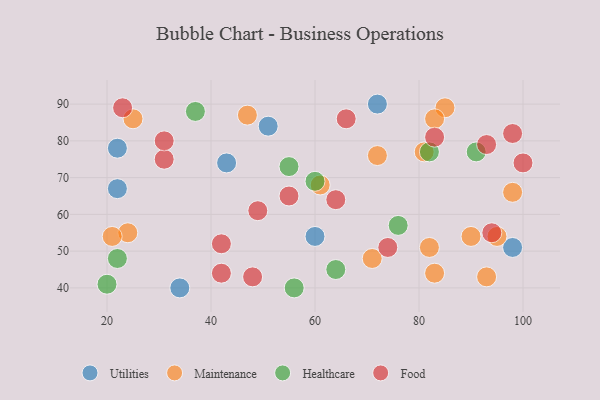
{"axis": {"x": "GDP", "y": "Life Expectancy"}, "legend": ["Food", "Healthcare", "Maintenance", "Utilities"], "data": [{"x": "98", "y": 51, "type": "Utilities"}, {"x": "51", "y": 84, "type": "Utilities"}, {"x": "43", "y": 74, "type": "Utilities"}, {"x": "72", "y": 90, "type": "Utilities"}, {"x": "22", "y": 67, "type": "Utilities"}, {"x": "22", "y": 78, "type": "Utilities"}, {"x": "34", "y": 40, "type": "Utilities"}, {"x": "60", "y": 54, "type": "Utilities"}, {"x": "81", "y": 77, "type": "Maintenance"}, {"x": "47", "y": 87, "type": "Maintenance"}, {"x": "93", "y": 43, "type": "Maintenance"}, {"x": "85", "y": 89, "type": "Maintenance"}, {"x": "83", "y": 44, "type": "Maintenance"}, {"x": "90", "y": 54, "type": "Maintenance"}, {"x": "25", "y": 86, "type": "Maintenance"}, {"x": "71", "y": 48, "type": "Maintenance"}, {"x": "95", "y": 54, "type": "Maintenance"}, {"x": "72", "y": 76, "type": "Maintenance"}, {"x": "61", "y": 68, "type": "Maintenance"}, {"x": "82", "y": 51, "type": "Maintenance"}, {"x": "83", "y": 86, "type": "Maintenance"}, {"x": "24", "y": 55, "type": "Maintenance"}, {"x": "21", "y": 54, "type": "Maintenance"}, {"x": "98", "y": 66, "type": "Maintenance"}, {"x": "76", "y": 57, "type": "Healthcare"}, {"x": "22", "y": 48, "type": "Healthcare"}, {"x": "56", "y": 40, "type": "Healthcare"}, {"x": "20", "y": 41, "type": "Healthcare"}, {"x": "82", "y": 77, "type": "Healthcare"}, {"x": "55", "y": 73, "type": "Healthcare"}, {"x": "37", "y": 88, "type": "Healthcare"}, {"x": "60", "y": 69, "type": "Healthcare"}, {"x": "64", "y": 45, "type": "Healthcare"}, {"x": "91", "y": 77, "type": "Healthcare"}, {"x": "31", "y": 75, "type": "Food"}, {"x": "48", "y": 43, "type": "Food"}, {"x": "49", "y": 61, "type": "Food"}, {"x": "42", "y": 52, "type": "Food"}, {"x": "64", "y": 64, "type": "Food"}, {"x": "100", "y": 74, "type": "Food"}, {"x": "94", "y": 55, "type": "Food"}, {"x": "31", "y": 80, "type": "Food"}, {"x": "66", "y": 86, "type": "Food"}, {"x": "42", "y": 44, "type": "Food"}, {"x": "93", "y": 79, "type": "Food"}, {"x": "23", "y": 89, "type": "Food"}, {"x": "74", "y": 51, "type": "Food"}, {"x": "55", "y": 65, "type": "Food"}, {"x": "83", "y": 81, "type": "Food"}, {"x": "98", "y": 82, "type": "Food"}]}